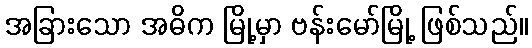
အခြားသော အဓိက မြို့မှာ ဗန်းမော်မြို့ ဖြစ်သည်။